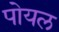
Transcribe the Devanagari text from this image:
पोयल